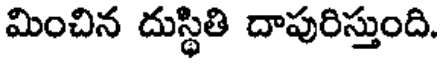
మించిన దుస్థితి దాపురిస్తుంది.